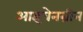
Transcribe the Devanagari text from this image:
आइचेनग्रीन